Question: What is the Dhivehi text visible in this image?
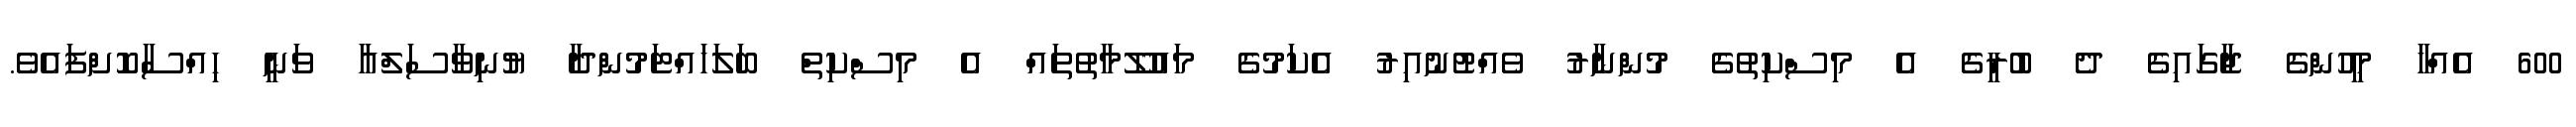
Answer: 600 އެއްހާ މީހުންގެ ޖާގައިގެ ދެ ބުރީގެ އެ މިސްކިތުގެ މުންނާރު ވެއްޓުނުއިރު އެކަމުގެ މައުލޫމާތުތައް އެ މިސްކިތް ބަލަހައްޓަމުންދާ ޔުނިވާސަލްއާ ވަނީ ހިއްސާކޮށްފައެވެ.